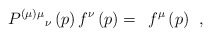
\begin{align*}P^{(\mu )\mu }{}_\nu \left( p\right) f^\nu \left( p\right)=\;\,f^\mu \left( p\right) \;\,,\end{align*}